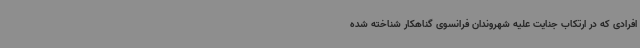
افرادی که در ارتکاب جنایت علیه شهروندان فرانسوی گناهکار شناخته شده